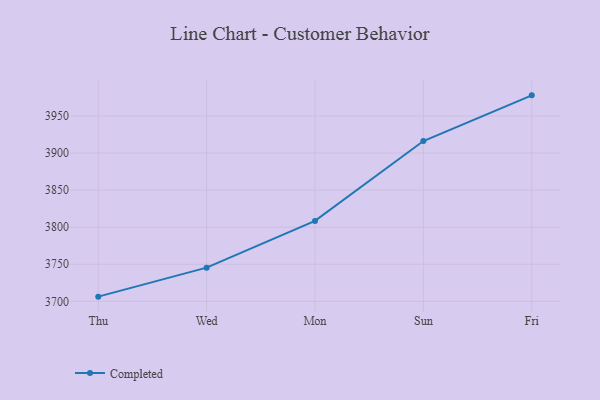
{"axis": {"x": "Day", "y": "Population (Million)"}, "legend": ["Completed"], "data": [{"x": "Thu", "y": 3706.3, "type": "Completed"}, {"x": "Wed", "y": 3745.4, "type": "Completed"}, {"x": "Mon", "y": 3808.5, "type": "Completed"}, {"x": "Sun", "y": 3916.3, "type": "Completed"}, {"x": "Fri", "y": 3977.9, "type": "Completed"}]}